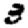
Digit: 3